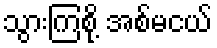
သွားကြစို့ အစ်မငယ်